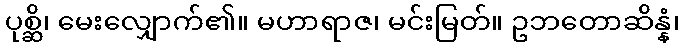
ပုစ္ဆိ၊ မေးလျှောက်၏။ မဟာရာဇ၊ မင်းမြတ်။ ဥဘတောဆိန္နံ၊